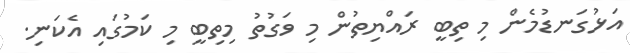
އަޅުގަނޑުމެން މި ތިބީ ރައްޔިތުން މި ވަގުތު މިތިބީ މި ކަމުގައި އެކަނި.